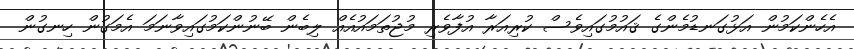
އެހެންކަމުން އަޅުގަނޑުމެންގެ ޤައުމުގައިވެސް ކުރިއަރާ އުފާވެރި މުޖުތަމައުއެއް ލިބެން ބޭނުންކަމުގައިވާނަމަ އެމަގުން ހިނގުން